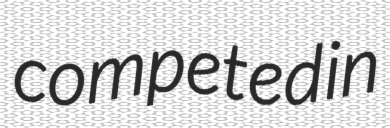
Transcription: competed in